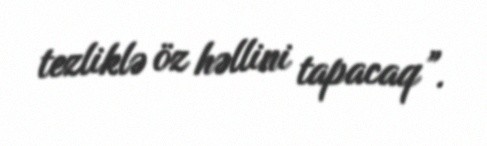
tezliklə öz həllini tapacaq”.